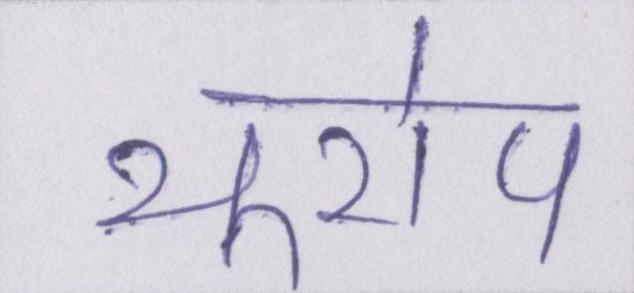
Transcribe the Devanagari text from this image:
यूरोप